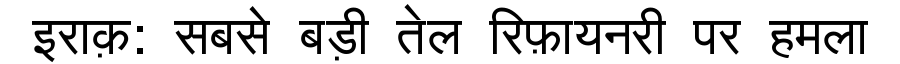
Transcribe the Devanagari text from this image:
इराक़: सबसे बड़ी तेल रिफ़ायनरी पर हमला